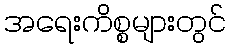
အရေးကိစ္စများတွင်